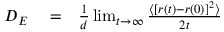
\begin{array} { r l r } { D _ { E } } & { { } = } & { \frac { 1 } { d } \operatorname* { l i m } _ { t \rightarrow \infty } \frac { \langle [ r ( t ) - r ( 0 ) ] ^ { 2 } \rangle } { 2 t } } \end{array}